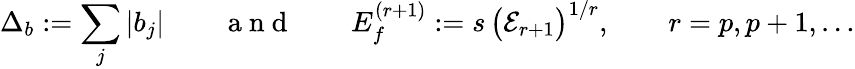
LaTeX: \Delta_{b}:=\sum_{j}|b_{j}|\qquad\mathrm{~a~n~d~}\qquad E_{f}^{(r+1)}:=s\, \big(\mathcal{E}_{r+1}\big)^{1/r},\qquad r=p,p+1,\ldots